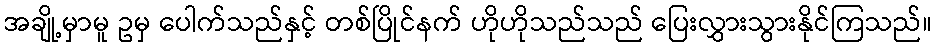
အချို့မှာမူ ဥမှ ပေါက်သည်နှင့် တစ်ပြိုင်နက် ဟိုဟိုသည်သည် ပြေးလွှားသွားနိုင်ကြသည်။